Civil Veterinary Department. Madras. Admin. report 1926-33 - 1926-1933
Year: 1926
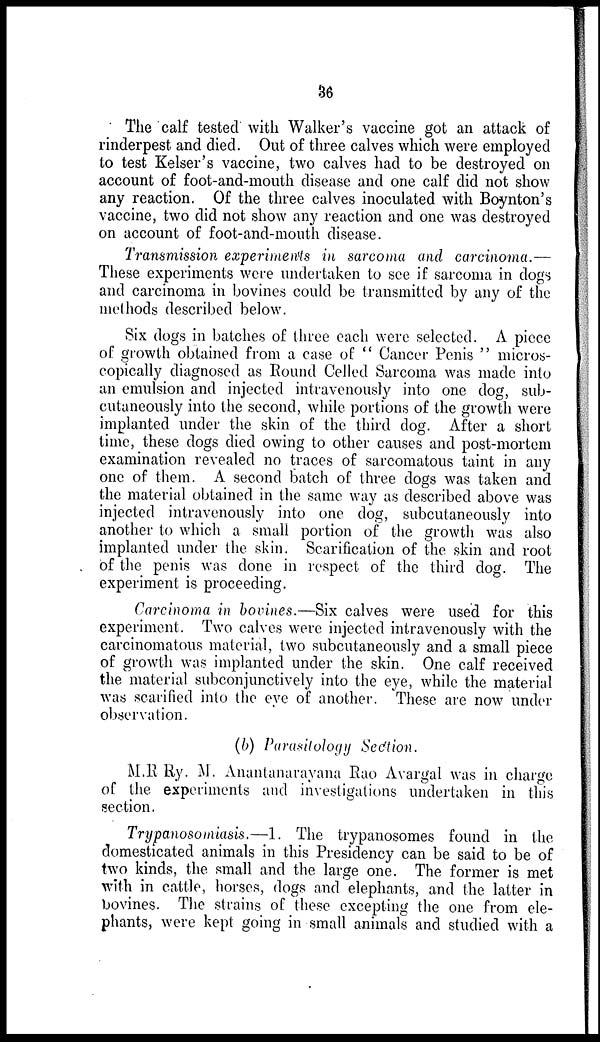
36
The calf tested with Walker's vaccine got an attack of
rinderpest and died. Out of three calves which were employed
to test Kelser's vaccine, two calves had to be destroyed on
account of foot-and-mouth disease and one calf did not show
any reaction. Of the three calves inoculated with Boynton's
vaccine, two did not show any reaction and one was destroyed
on account of foot-and-mouth disease.
Transmission experiments in sarcoma and carcinoma.—
These experiments were undertaken to see if sarcoma in dogs
and carcinoma in bovines could be transmitted by any of the
methods described below.
Six dogs in batches of three each were selected. A piece
of growth obtained from a case of " Cancer Penis " micros-
copically diagnosed as Round Celled Sarcoma was made into
an emulsion and injected intravenously into one dog, sub-
cutaneously into the second, while portions of the growth were
implanted under the skin of the third dog. After a short
time, these dogs died owing to other causes and post-mortem
examination revealed no traces of sarcomatous taint in any
one of them. A second batch of three dogs was taken and
the material obtained in the same way as described above was
injected intravenously into one clog, subcutaneously into
another to which a small portion of the growth was also
implanted under the skin. Scarification of the skin and root
of the penis was done in respect of the third dog. The
experiment is proceeding.
Carcinoma in bovines.—Six calves were used for this
experiment. Two calves were injected intravenously with the
carcinomatous material, two subcutaneously and a small piece
of growth was implanted under the skin. One calf received
the material subconjunctively into the eye, while the material
was scarified into the eye of another. These are now under
observation.
(b) Parasitology Section.
M.R Ry. M. Anantanarayana Rao Avargal was in charge
of the experiments and investigations undertaken in this
section.
Trypanosomiasis.—1. The trypanosomes found in the
domesticated animals in this Presidency can be said to be of
two kinds, the small and the large one. The former is met
with in cattle, horses, dogs and elephants, and the latter in
bovines. The strains of these excepting the one from ele-
phants, were kept going in small animals and studied with a